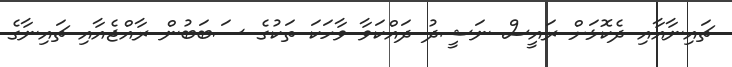
ޗައިނާއާއި ދެކޮޅަށް ރައީސް ނަޝީދު ދައްކަވާ ވާހަކަ ތަކުގެ ސަބަބުން ރާއްޖެއާއި ޗައިނާގެ